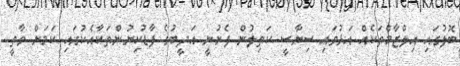
ބޮލުގައި އިލްޒާމްތަކެއް އަޅުވައި ސިޔާސީ ކަތިލުން ފެށުނީ އަދީބުގެ ފާޑުކިޔުންތަކާއެކުގައި ކަމަށް ވާތީ